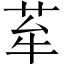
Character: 𦭷